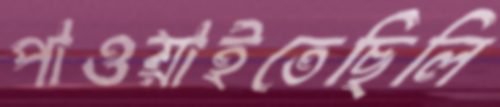
পাওয়াইতেছিলি